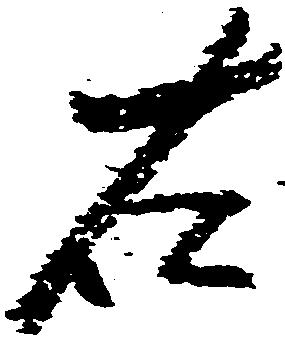
右